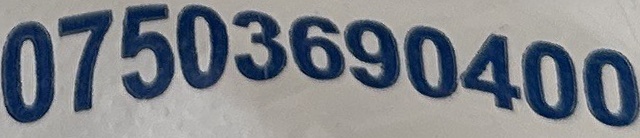
07503690400